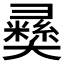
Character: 𢑴